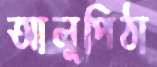
আলুপিঠা